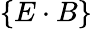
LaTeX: \{ E\cdot B\}